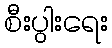
စီးပွါးရေး